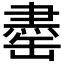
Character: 𫄽